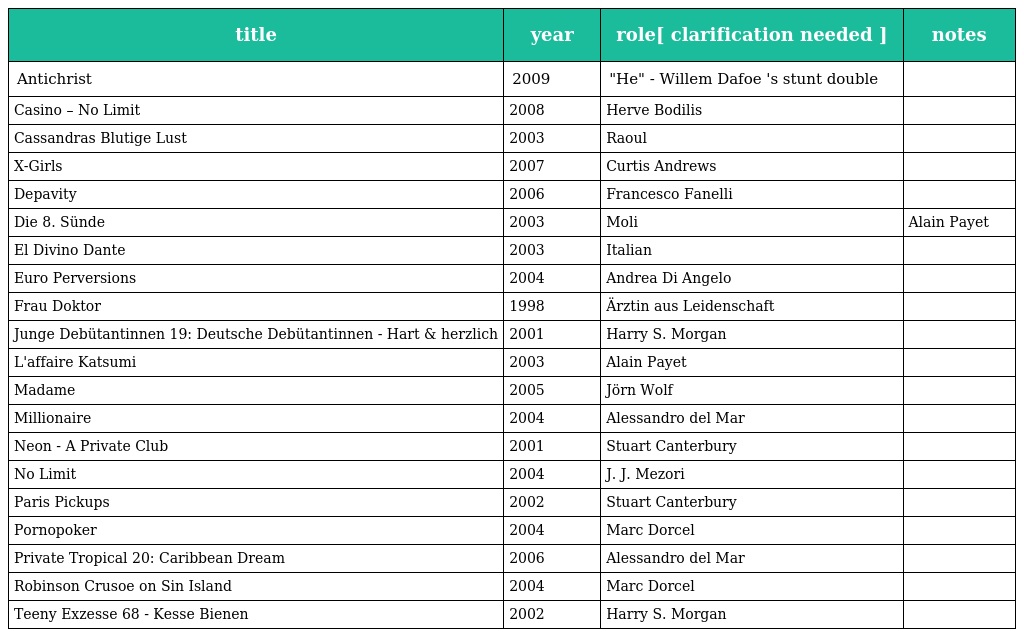
| title | year | role[ clarification needed ] | notes |
 | --- | --- | --- | --- |
 | Antichrist | 2009 | "He" - Willem Dafoe 's stunt double |  |
 | Casino – No Limit | 2008 | Herve Bodilis |  |
 | Cassandras Blutige Lust | 2003 | Raoul |  |
 | X-Girls | 2007 | Curtis Andrews |  |
 | Depavity | 2006 | Francesco Fanelli |  |
 | Die 8. Sünde | 2003 | Moli | Alain Payet |
 | El Divino Dante | 2003 | Italian |  |
 | Euro Perversions | 2004 | Andrea Di Angelo |  |
 | Frau Doktor | 1998 | Ärztin aus Leidenschaft |  |
 | Junge Debütantinnen 19: Deutsche Debütantinnen - Hart & herzlich | 2001 | Harry S. Morgan |  |
 | L'affaire Katsumi | 2003 | Alain Payet |  |
 | Madame | 2005 | Jörn Wolf |  |
 | Millionaire | 2004 | Alessandro del Mar |  |
 | Neon - A Private Club | 2001 | Stuart Canterbury |  |
 | No Limit | 2004 | J. J. Mezori |  |
 | Paris Pickups | 2002 | Stuart Canterbury |  |
 | Pornopoker | 2004 | Marc Dorcel |  |
 | Private Tropical 20: Caribbean Dream | 2006 | Alessandro del Mar |  |
 | Robinson Crusoe on Sin Island | 2004 | Marc Dorcel |  |
 | Teeny Exzesse 68 - Kesse Bienen | 2002 | Harry S. Morgan |  |